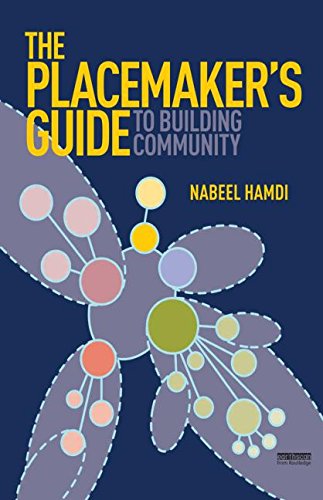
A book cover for The Placemaker's Guide to Building Community (Earthscan Tools for Community Planning); Nabeel Hamdi; Law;